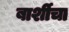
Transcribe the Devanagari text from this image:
बार्शीचा